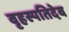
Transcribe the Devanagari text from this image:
वृहस्पतिदेव